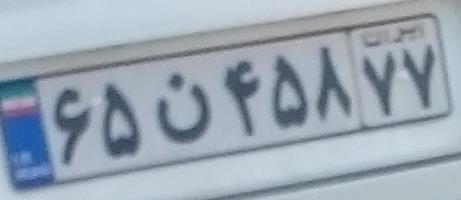
۶۵ن۴۵۸۷۷